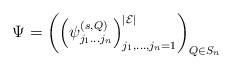
LaTeX: \begin{align*}\Psi=\left(\left(\psi_{j_1\dots j_n}^{(s,Q)}\right)_{j_1,\dots,j_n=1}^{|\mathcal{E}|}\right)_{Q\in S_n}\end{align*}